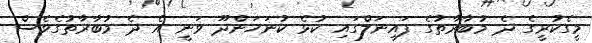
މީގެކުރީގެ ދެ މުބާރާތުގެ ފައިނަލްގައި ކުޅެ ކުނަހަންދޫ ވަނީ އެ ދެ މުބާރާތުގެވެސް